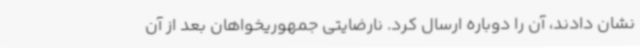
نشان دادند، آن را دوباره ارسال کرد. نارضایتی جمهوریخواهان بعد از آن